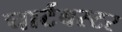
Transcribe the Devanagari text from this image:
चार्टबस्टर